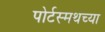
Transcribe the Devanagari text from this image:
पोर्टस्मथच्या